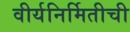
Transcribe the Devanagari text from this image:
वीर्यनिर्मितीची